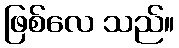
ဖြစ်လေ သည်။